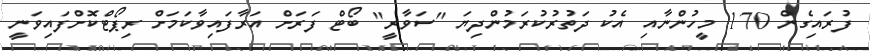
ފުރައިގެން 170 މީހުންނާއި އެކު ދަތުރުކުރަމުންދިޔަ "ސަވާރީ" ބޯޓް ފަރަށް އަރާފައިވާކަމަށް ރިޕޯޓްކޮށްފައިވަނީ